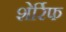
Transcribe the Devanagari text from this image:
शेर्रिफ